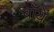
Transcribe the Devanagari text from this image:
बाँयें